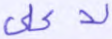
لأعلى